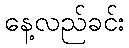
နေ့လည်ခင်း